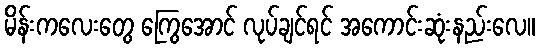
မိန်းကလေးတွေ ကြွေအောင် လုပ်ချင်ရင် အကောင်းဆုံးနည်းလေ။